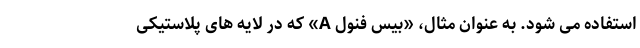
استفاده می شود. به عنوان مثال، «بیس فنول A» که در لایه های پلاستیکی